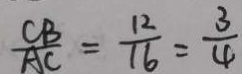
\frac { C B } { A C } = \frac { 1 2 } { 1 6 } = \frac { 3 } { 4 }